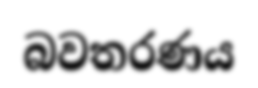
බවතරණය